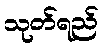
သုတ်ရည်